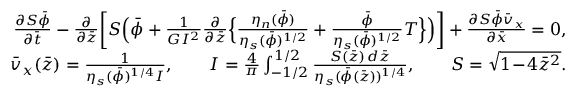
\begin{array} { r l r } & { } & { \frac { \partial S \bar { \phi } } { \partial \bar { t } } - \frac { \partial } { \partial \bar { z } } \biggl [ S \Bigl ( \bar { \phi } + \frac { 1 } { G I ^ { 2 } } \frac { \partial } { \partial \bar { z } } \Bigl \{ \frac { \eta _ { n } ( \bar { \phi } ) } { \eta _ { s } ( \bar { \phi } ) ^ { 1 / 2 } } + \frac { \bar { \phi } } { \eta _ { s } ( \bar { \phi } ) ^ { 1 / 2 } } T \Bigr \} \Bigr ) \biggr ] + \frac { \partial S \bar { \phi } \bar { v } _ { x } } { \partial \bar { x } } = 0 , } \\ & { } & { \bar { v } _ { x } ( \bar { z } ) = \frac { 1 } { \eta _ { s } ( \bar { \phi } ) ^ { 1 / 4 } I } , \qquad I = \frac { 4 } { \pi } \int _ { - 1 / 2 } ^ { 1 / 2 } \frac { S ( \bar { z } ) \, d \bar { z } } { \eta _ { s } ( \bar { \phi } ( \bar { z } ) ) ^ { 1 / 4 } } , \qquad S = \sqrt { 1 \! - \! 4 \bar { z } ^ { 2 } } . } \end{array}